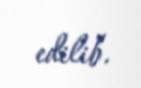
edilib.